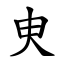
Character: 㬰